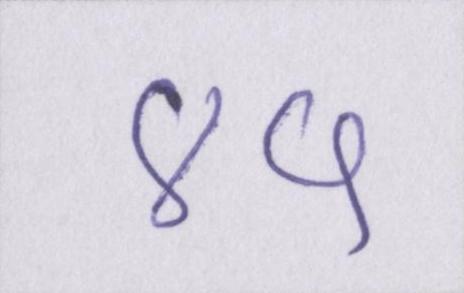
४५